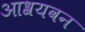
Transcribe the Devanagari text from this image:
आश्रयवन